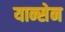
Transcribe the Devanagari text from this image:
यान्सेन